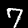
Label: 7